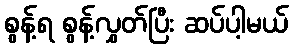
စွန့်ရ စွန့်လွှတ်ပြီး ဆပ်ပါ့မယ်